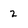
Character: 2